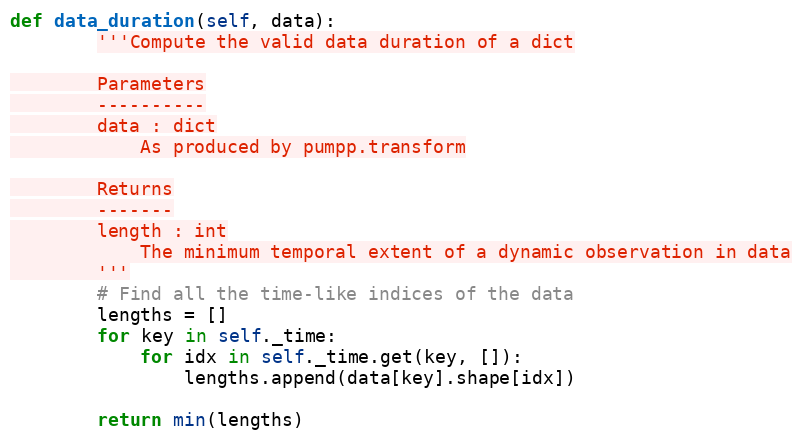
Language: Python
def data_duration(self, data):
        '''Compute the valid data duration of a dict

        Parameters
        ----------
        data : dict
            As produced by pumpp.transform

        Returns
        -------
        length : int
            The minimum temporal extent of a dynamic observation in data
        '''
        # Find all the time-like indices of the data
        lengths = []
        for key in self._time:
            for idx in self._time.get(key, []):
                lengths.append(data[key].shape[idx])

        return min(lengths)